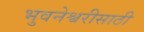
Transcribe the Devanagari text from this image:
भुवनेश्वरीसाठी